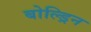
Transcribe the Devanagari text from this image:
बोल्ड्रिन